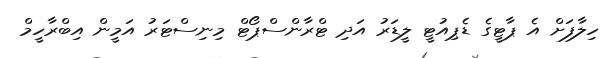
ހިލާފަށް އެ ޕާޓީގެ ޑެޕިއުޓީ ލީޑަރު އަދި ޓްރާންސްޕޯޓް މިނިސްޓަރު އަމީން އިބްރާހީމް